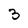
Character: 3